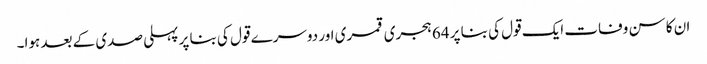
ان کا سن وفات ایک قول کی بنا پر 64 ہجری قمری اور دوسرے قول کی بنا پر پہلی صدی کے بعد ہوا۔